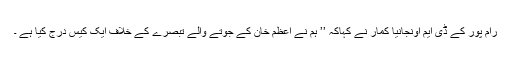
رام پور کے ڈی ایم اونجانیا کمار نے کہاکہ ’’ ہم نے اعظم خان کے جوتے والے تبصرے کے خلاف ایک کیس درج کیا ہے ۔